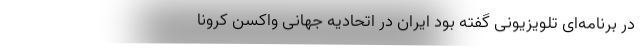
در برنامه‌ای تلویزیونی گفته بود ایران در اتحادیه جهانی واکسن کرونا